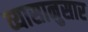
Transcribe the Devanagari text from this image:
व्यासानुसार